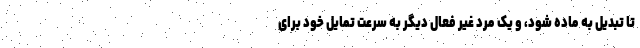
تا تبدیل به ماده شود، و یک مرد غیر فعال دیگر به سرعت تمایل خود برای